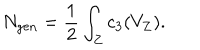
LaTeX: N _ { \mathrm { g e n } } = { \frac { 1 } { 2 } } \int _ { Z } c _ { 3 } ( V _ { Z } ) .